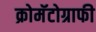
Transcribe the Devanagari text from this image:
क्रोमॅटोग्राफी